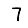
Digit: 7